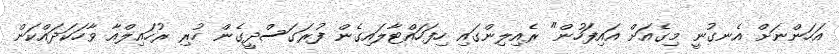
އަހަންނަށް އެނގުނީ މިގެއަށް އައިފަހުން" ރެއިލިންގައި ހިފަހައްޓާލައިގެން ފުރަގަސްދީގެން ހުރި ރުހައިލްއާ ވާހަކަދައްކަން